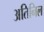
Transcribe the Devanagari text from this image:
अतिनिल